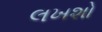
લખશો